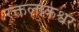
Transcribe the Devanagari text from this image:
रक्तलोकेश्वर